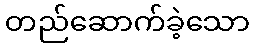
တည်ဆောက်ခဲ့သော